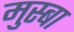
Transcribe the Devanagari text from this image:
मुस्बा